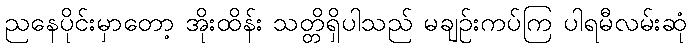
ညနေပိုင်းမှာတော့ အိုးထိန်း သတ္တိရှိပါသည် မချဉ်းကပ်ကြ ပါရမီလမ်းဆုံ